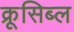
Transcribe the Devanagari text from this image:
क्रूसिब्ल